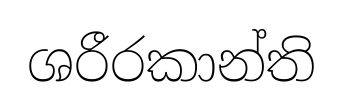
ශරීරකාන්ති